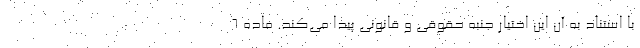
با استناد به آن این اختیار جنبه حقوقی و قانونی پیدا می‌کند. ماده ۶